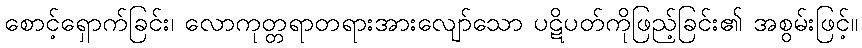
စောင့်ရှောက်ခြင်း၊ လောကုတ္တရာတရားအားလျော်သော ပဋိပတ်ကိုဖြည့်ခြင်း၏ အစွမ်းဖြင့်။